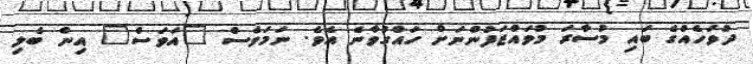
ދުވަހެއްގެ ބައި މުސާރަ މުވައްޒަފުންނަށް ހައްގުވާނެ އެވެ. ނަމަވެސް "އަވަސް" އިން ބެލި